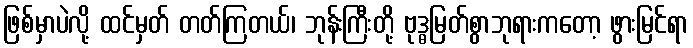
ဖြစ်မှာပဲလို့ ထင်မှတ် တတ်ကြတယ်၊ ဘုန်းကြီးတို့ ဗုဒ္ဓမြတ်စွာဘုရားကတော့ ဖွားမြင်ရာ